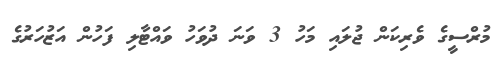
މުރްސީގެ ވެރިކަން ޖުލައި މަހު 3 ވަނަ ދުވަހު ވައްޓާލި ފަހުން އަޒުހަރުގެ